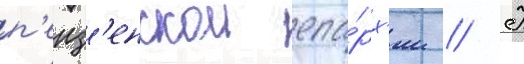
п'енз'енскои епа́рх'ии // К